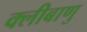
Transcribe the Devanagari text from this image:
क्लीबाणु